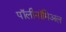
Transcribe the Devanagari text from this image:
पॉलीनॉमिअल